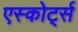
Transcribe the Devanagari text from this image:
एस्कोर्ट्स